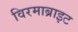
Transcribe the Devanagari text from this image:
विरमाब्राइट